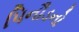
પિનૌડનો